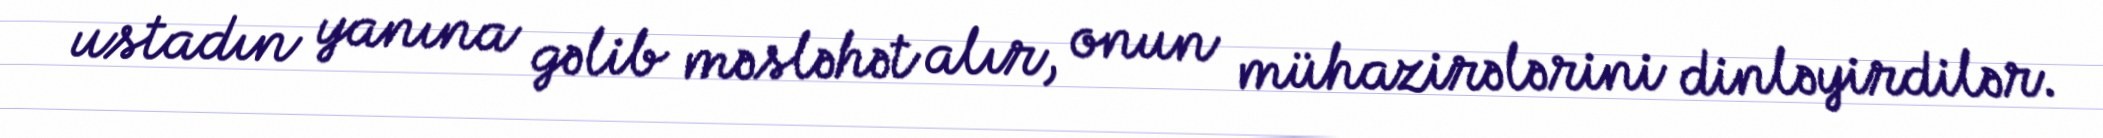
ustadın yanına gəlib məsləhət alır, onun mühazirələrini dinləyirdilər.